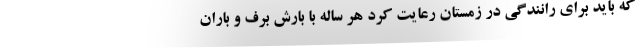
که باید برای رانندگی در زمستان رعایت کرد هر ساله با بارش برف و باران